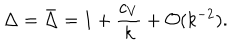
\Delta = \bar { \Delta } = 1 + { \frac { c _ { V } } { k } } + { \cal O } ( k ^ { - 2 } ) .